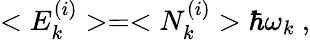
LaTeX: <E_{k}^{(i)}>=<N_{k}^{(i)}>\hbar\omega_{k}\ ,